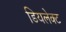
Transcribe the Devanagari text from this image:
डियलेक्ट